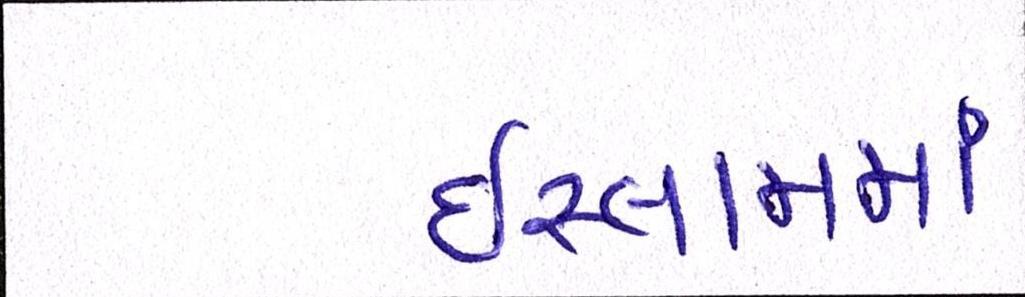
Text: ઇસ્લામમાં